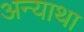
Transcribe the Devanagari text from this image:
अन्याथा